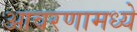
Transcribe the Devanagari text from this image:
आवरणामध्ये